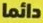
دائما